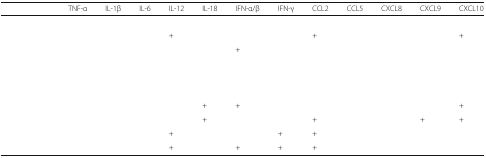
<table><thead><tr><td>[EMPTY_CELL]</td><td><b>TNF-α</b></td><td><b>IL-1β</b></td><td><b>IL-6</b></td><td><b>IL-12</b></td><td><b>IL-18</b></td><td><b>IFN-α/β</b></td><td><b>IFN-γ</b></td><td><b>CCL2</b></td><td><b>CCL5</b></td><td><b>CXCL8</b></td><td><b>CXCL9</b></td><td><b>CXCL10</b></td></tr></thead><tbody><tr><td>[EMPTY_CELL]</td><td>[EMPTY_CELL]</td><td>[EMPTY_CELL]</td><td>[EMPTY_CELL]</td><td>[EMPTY_CELL]</td><td>[EMPTY_CELL]</td><td>[EMPTY_CELL]</td><td>[EMPTY_CELL]</td><td>[EMPTY_CELL]</td><td>[EMPTY_CELL]</td><td>[EMPTY_CELL]</td><td>[EMPTY_CELL]</td><td>[EMPTY_CELL]</td></tr><tr><td>[EMPTY_CELL]</td><td>[EMPTY_CELL]</td><td>[EMPTY_CELL]</td><td>[EMPTY_CELL]</td><td>+</td><td>[EMPTY_CELL]</td><td>[EMPTY_CELL]</td><td>[EMPTY_CELL]</td><td>+</td><td>[EMPTY_CELL]</td><td>[EMPTY_CELL]</td><td>[EMPTY_CELL]</td><td>+</td></tr><tr><td>[EMPTY_CELL]</td><td>[EMPTY_CELL]</td><td>[EMPTY_CELL]</td><td>[EMPTY_CELL]</td><td>[EMPTY_CELL]</td><td>[EMPTY_CELL]</td><td>+</td><td>[EMPTY_CELL]</td><td>[EMPTY_CELL]</td><td>[EMPTY_CELL]</td><td>[EMPTY_CELL]</td><td>[EMPTY_CELL]</td><td>[EMPTY_CELL]</td></tr><tr><td>[EMPTY_CELL]</td><td>[EMPTY_CELL]</td><td>[EMPTY_CELL]</td><td>[EMPTY_CELL]</td><td>[EMPTY_CELL]</td><td>[EMPTY_CELL]</td><td>[EMPTY_CELL]</td><td>[EMPTY_CELL]</td><td>[EMPTY_CELL]</td><td>[EMPTY_CELL]</td><td>[EMPTY_CELL]</td><td>[EMPTY_CELL]</td><td>[EMPTY_CELL]</td></tr><tr><td>[EMPTY_CELL]</td><td>[EMPTY_CELL]</td><td>[EMPTY_CELL]</td><td>[EMPTY_CELL]</td><td>[EMPTY_CELL]</td><td>[EMPTY_CELL]</td><td>[EMPTY_CELL]</td><td>[EMPTY_CELL]</td><td>[EMPTY_CELL]</td><td>[EMPTY_CELL]</td><td>[EMPTY_CELL]</td><td>[EMPTY_CELL]</td><td>[EMPTY_CELL]</td></tr><tr><td>[EMPTY_CELL]</td><td>[EMPTY_CELL]</td><td>[EMPTY_CELL]</td><td>[EMPTY_CELL]</td><td>[EMPTY_CELL]</td><td>[EMPTY_CELL]</td><td>[EMPTY_CELL]</td><td>[EMPTY_CELL]</td><td>[EMPTY_CELL]</td><td>[EMPTY_CELL]</td><td>[EMPTY_CELL]</td><td>[EMPTY_CELL]</td><td>[EMPTY_CELL]</td></tr><tr><td>[EMPTY_CELL]</td><td>[EMPTY_CELL]</td><td>[EMPTY_CELL]</td><td>[EMPTY_CELL]</td><td>[EMPTY_CELL]</td><td>+</td><td>+</td><td>[EMPTY_CELL]</td><td>[EMPTY_CELL]</td><td>[EMPTY_CELL]</td><td>[EMPTY_CELL]</td><td>[EMPTY_CELL]</td><td>+</td></tr><tr><td>[EMPTY_CELL]</td><td>[EMPTY_CELL]</td><td>[EMPTY_CELL]</td><td>[EMPTY_CELL]</td><td>[EMPTY_CELL]</td><td>+</td><td>[EMPTY_CELL]</td><td>[EMPTY_CELL]</td><td>+</td><td>[EMPTY_CELL]</td><td>[EMPTY_CELL]</td><td>+</td><td>+</td></tr><tr><td>[EMPTY_CELL]</td><td>[EMPTY_CELL]</td><td>[EMPTY_CELL]</td><td>[EMPTY_CELL]</td><td>+</td><td>[EMPTY_CELL]</td><td>[EMPTY_CELL]</td><td>+</td><td>+</td><td>[EMPTY_CELL]</td><td>[EMPTY_CELL]</td><td>[EMPTY_CELL]</td><td>[EMPTY_CELL]</td></tr><tr><td>[EMPTY_CELL]</td><td>[EMPTY_CELL]</td><td>[EMPTY_CELL]</td><td>[EMPTY_CELL]</td><td>+</td><td>[EMPTY_CELL]</td><td>+</td><td>+</td><td>+</td><td>[EMPTY_CELL]</td><td>[EMPTY_CELL]</td><td>[EMPTY_CELL]</td><td>[EMPTY_CELL]</td></tr></tbody></table>